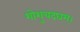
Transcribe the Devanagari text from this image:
शोशुचदघम्।